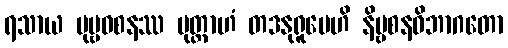
ရသာယ ပုဗ္ဗဝစနဿ မုတ္တာဟံ တဒနုရူပေဟိ နိဗ္ဗစနဝိဘာဂတော